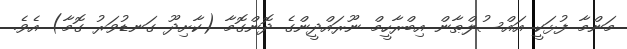
މަންމާ ފުޅަކީ އައްސުލްޠާން އިބްރާހީމް ނޫރައްދީންގެ ދޮންގޮމާ (ކާށިދޫ ގަނޑުވަރު ގޮމާ) އެވެ.